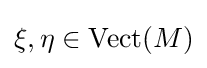
\xi ,\eta \in {\text{Vect}}(M)